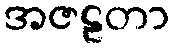
အဇဠတာ